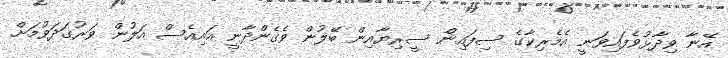
އޭނާ ވިދާޅުވެފައިވަނީ އެމެރިކާގެ ސިފައިން ސީރިޔާއިން ބޭލުން ވެގެންދާނީ އައިއެސް އަލުން ވަރުގަދަވުމަށް